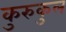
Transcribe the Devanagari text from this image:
कुरुकुल